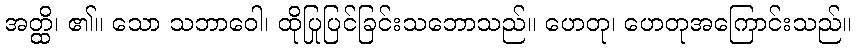
အတ္ထိ၊ ၏။ သော သဘာဝေါ၊ ထိုပြုပြင်ခြင်းသဘောသည်။ ဟေတု၊ ဟေတုအကြောင်းသည်။